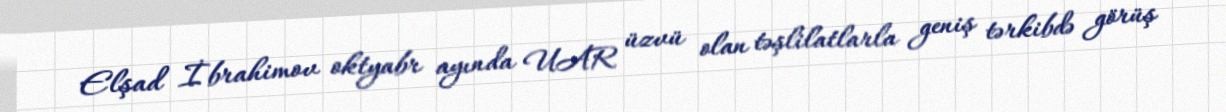
Elşad İbrahimov oktyabr ayında UAR üzvü olan təşlilatlarla geniş tərkibdə görüş